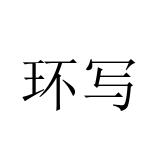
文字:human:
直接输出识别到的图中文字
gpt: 环写